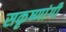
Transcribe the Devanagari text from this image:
सकृष्णांगी